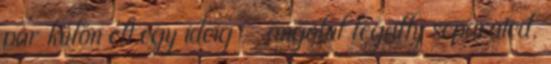
pár külön élt egy ideig - angolul legally separated.